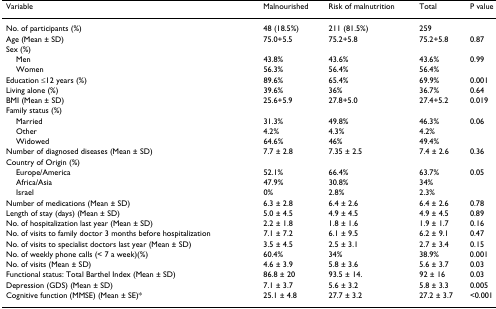
<table><thead><tr><td><b>Variable</b></td><td><b>Malnourished</b></td><td><b>Risk of malnutrition</b></td><td><b>Total</b></td><td><b>P value</b></td></tr></thead><tbody><tr><td>No. of participants (%)</td><td>48 (18.5%)</td><td>211 (81.5%)</td><td>259</td><td></td></tr><tr><td>Age (Mean ± SD)</td><td>75.0+5.5</td><td>75.2+5.8</td><td>75.2+5.8</td><td>0.87</td></tr><tr><td>Sex (%)</td><td></td><td></td><td></td><td></td></tr><tr><td> Men</td><td>43.8%</td><td>43.6%</td><td>43.6%</td><td>0.99</td></tr><tr><td> Women</td><td>56.3%</td><td>56.4%</td><td>56.4%</td><td></td></tr><tr><td>Education ≤12 years (%)</td><td>89.6%</td><td>65.4%</td><td>69.9%</td><td>0.001</td></tr><tr><td>Living alone (%)</td><td>39.6%</td><td>36%</td><td>36.7%</td><td>0.64</td></tr><tr><td>BMI (Mean ± SD)</td><td>25.6+5.9</td><td>27.8+5.0</td><td>27.4+5.2</td><td>0.019</td></tr><tr><td>Family status (%)</td><td></td><td></td><td></td><td></td></tr><tr><td> Married</td><td>31.3%</td><td>49.8%</td><td>46.3%</td><td>0.06</td></tr><tr><td> Other</td><td>4.2%</td><td>4.3%</td><td>4.2%</td><td></td></tr><tr><td> Widowed</td><td>64.6%</td><td>46%</td><td>49.4%</td><td></td></tr><tr><td>Number of diagnosed diseases (Mean ± SD)</td><td>7.7 ± 2.8</td><td>7.35 ± 2.5</td><td>7.4 ± 2.6</td><td>0.36</td></tr><tr><td>Country of Origin (%)</td><td></td><td></td><td></td><td></td></tr><tr><td> Europe/America</td><td>52.1%</td><td>66.4%</td><td>63.7%</td><td>0.05</td></tr><tr><td> Africa/Asia</td><td>47.9%</td><td>30.8%</td><td>34%</td><td></td></tr><tr><td> Israel</td><td>0%</td><td>2.8%</td><td>2.3%</td><td></td></tr><tr><td>Number of medications (Mean ± SD)</td><td>6.3 ± 2.8</td><td>6.4 ± 2.6</td><td>6.4 ± 2.6</td><td>0.78</td></tr><tr><td>Length of stay (days) (Mean ± SD)</td><td>5.0 ± 4.5</td><td>4.9 ± 4.5</td><td>4.9 ± 4.5</td><td>0.89</td></tr><tr><td>No. of hospitalization last year (Mean ± SD)</td><td>2.2 ± 1.8</td><td>1.8 ± 1.6</td><td>1.9 ± 1.7</td><td>0.16</td></tr><tr><td>No. of visits to family doctor 3 months before hospitalization</td><td>7.1 ± 7.2</td><td>6.1 ± 9.5</td><td>6.2 ± 9.1</td><td>0.47</td></tr><tr><td>No. of visits to specialist doctors last year (Mean ± SD)</td><td>3.5 ± 4.5</td><td>2.5 ± 3.1</td><td>2.7 ± 3.4</td><td>0.15</td></tr><tr><td>No. of weekly phone calls (&lt; 7 a week)(%)</td><td>60.4%</td><td>34%</td><td>38.9%</td><td>0.001</td></tr><tr><td>No. of visits (Mean ± SD)</td><td>4.6 ± 3.9</td><td>5.8 ± 3.6</td><td>5.6 ± 3.7</td><td>0.03</td></tr><tr><td>Functional status: Total Barthel Index (Mean ± SD)</td><td>86.8 ± 20</td><td>93.5 ± 14.</td><td>92 ± 16</td><td>0.03</td></tr><tr><td>Depression (GDS) (Mean ± SD)</td><td>7.1 ± 3.7</td><td>5.6 ± 3.2</td><td>5.8 ± 3.3</td><td>0.005</td></tr><tr><td>Cognitive function (MMSE) (Mean ± SE)*</td><td>25.1 ± 4.8</td><td>27.7 ± 3.2</td><td>27.2 ± 3.7</td><td>&lt;0.001</td></tr></tbody></table>